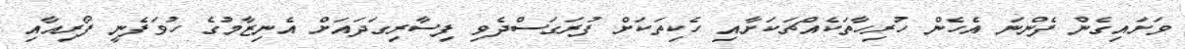
ވަށައިގެން ފެންނަ އެހެން ހުރިހާތަކެއްޗަކަށާއި ހެކިތަކަށް ފުރަގަސްދެވި ފިސާރިގަދައަށް އެނިޒާމުގެ ހުވަފެނީ ފޯރިއާއި